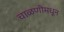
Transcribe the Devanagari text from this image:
चाळणीमधून